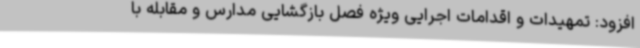
افزود: تمهیدات و اقدامات اجرایی ویژه فصل بازگشایی مدارس و مقابله با